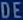
DEE